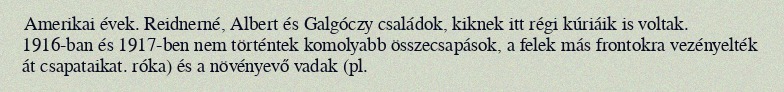
Amerikai évek. Reidnerné, Albert és Galgóczy családok, kiknek itt régi kúriáik is voltak. 1916-ban és 1917-ben nem történtek komolyabb összecsapások, a felek más frontokra vezényelték át csapataikat. róka) és a növényevő vadak (pl.